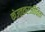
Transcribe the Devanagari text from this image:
केउत्तरजीविता